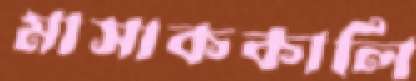
মাসাককালি